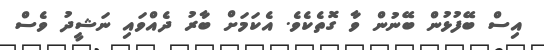
އިސް ބޭފުޅުން ބޭނުން ވާ ގޮތެކެވެ. އެކަމަށް ބާރު ދެއްވައި ނަޝީދު ވެސް